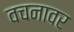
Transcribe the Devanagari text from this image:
वचनावर